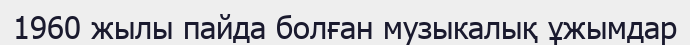
1960 жылы пайда болған музыкалық ұжымдар